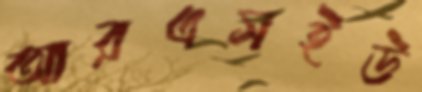
আরএসইউ